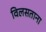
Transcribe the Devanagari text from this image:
विलसताना